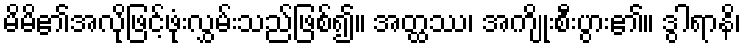
မိမိ၏အလိုဖြင့်ဖုံးလွှမ်းသည်ဖြစ်၍။ အတ္ထဿ၊ အကျိုးစီးပွား၏။ ဒွါရာနိ၊